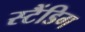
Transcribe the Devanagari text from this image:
स्टैंडिग